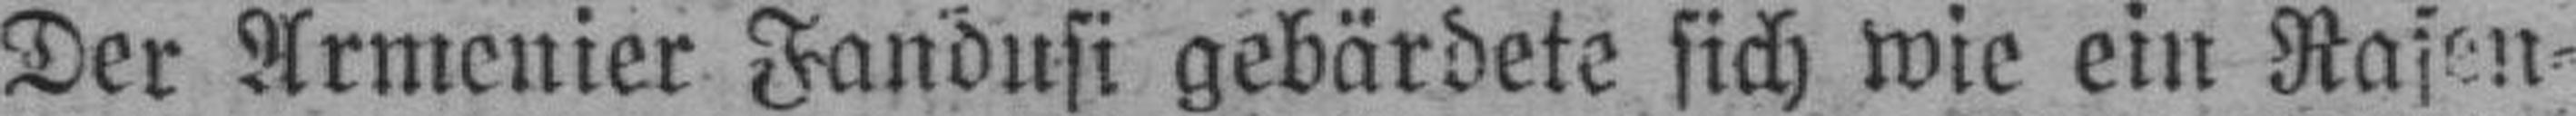
Der Armenier Fandusi gebärdete sich wie ein Rasen¬